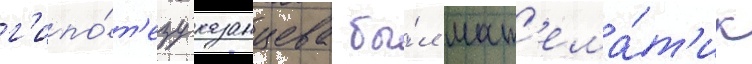
г'ипо́т'езу казанцева бы́л мат'ема́т'ик